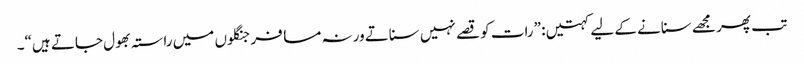
تب پھر مجھے سنانے کے لیے کہتیں : ”رات کو قصے نہیں سناتے ورنہ مسافر جنگلوں میں راستہ بھول جاتے ہیں“۔